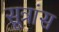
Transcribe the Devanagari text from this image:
सूत्रांस